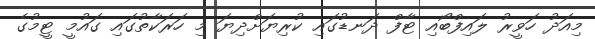
މިއަދު ހަވީރު ލައިފްބޯއި ޓާފް ދަނޑުގައި ކުރިޔަށްދިޔަ މި ހަރަކާތުގައި ގައުމީ ޓީމުގެ